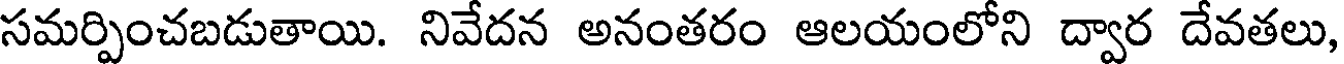
సమర్పించబడుతాయి. నివేదన అనంతరం ఆలయంలోని ద్వార దేవతలు,